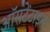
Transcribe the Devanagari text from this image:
ऑसटेंटाइन